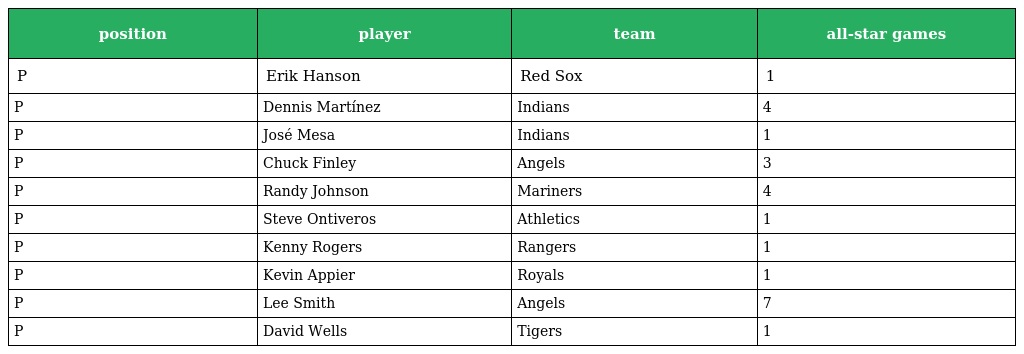
| position | player | team | all-star games |
 | --- | --- | --- | --- |
 | P | Erik Hanson | Red Sox | 1 |
 | P | Dennis Martínez | Indians | 4 |
 | P | José Mesa | Indians | 1 |
 | P | Chuck Finley | Angels | 3 |
 | P | Randy Johnson | Mariners | 4 |
 | P | Steve Ontiveros | Athletics | 1 |
 | P | Kenny Rogers | Rangers | 1 |
 | P | Kevin Appier | Royals | 1 |
 | P | Lee Smith | Angels | 7 |
 | P | David Wells | Tigers | 1 |